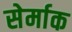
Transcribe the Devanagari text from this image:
सेर्माक